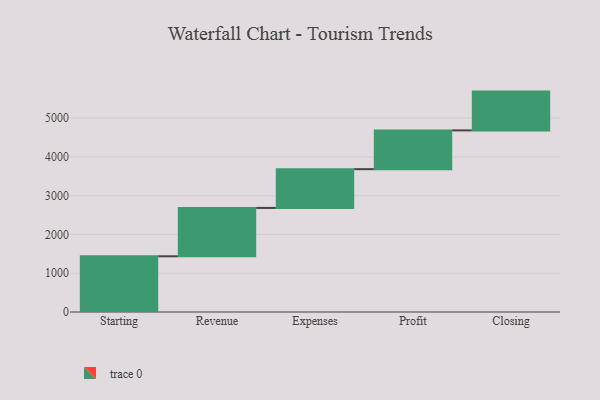
{"axis": {"x": "Step", "y": "Value"}, "legend": [""], "data": [{"x": "Starting", "y": 1437.0, "type": ""}, {"x": "Revenue", "y": 1247.0, "type": ""}, {"x": "Expenses", "y": 1000, "type": ""}, {"x": "Profit", "y": 1000, "type": ""}, {"x": "Closing", "y": 1000, "type": ""}]}